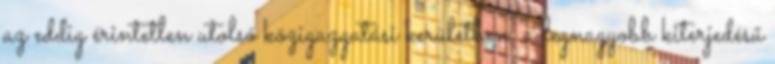
az eddig érintetlen utolsó közigazgatási kerületben, a legnagyobb kiterjedésű